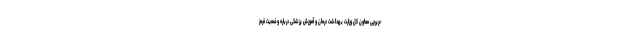
حریرچی معاون کل وزارت بهداشت درمان و آموزش پزشکی درباره وضعیت قرمز